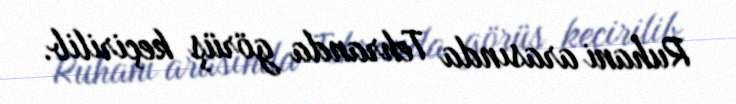
Ruhani arasında Tehranda görüş keçirilib.